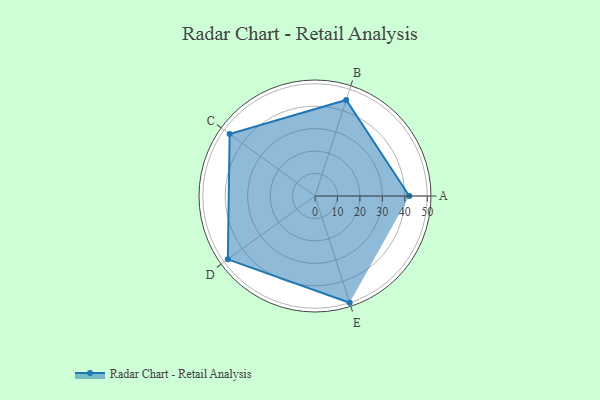
{"axis": {"x": "Skill", "y": "Score"}, "legend": ["Profile"], "data": [{"x": "A", "y": 42.0, "type": "Profile"}, {"x": "B", "y": 45.0, "type": "Profile"}, {"x": "C", "y": 47.0, "type": "Profile"}, {"x": "D", "y": 48.0, "type": "Profile"}, {"x": "E", "y": 50.0, "type": "Profile"}]}